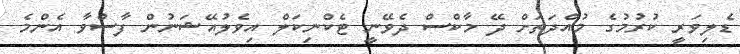
ޑެލިވަރީ ކުރުމުގެ މުއްދަތަށް ދޭ މާކްސް ދެވޭނީ ޓެކްނިކަލް އިވެލުއޭޝަނުން ފާސްވާ އެންމެ